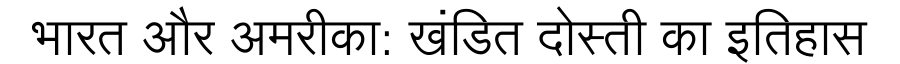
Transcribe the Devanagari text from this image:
भारत और अमरीका: खंडित दोस्ती का इतिहास